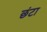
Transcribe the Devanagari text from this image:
छंटा